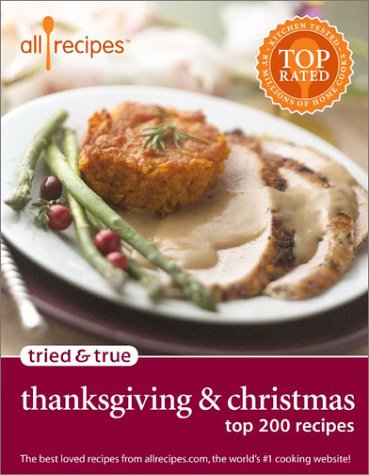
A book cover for Thanksgiving & Christmas: Top 200 Recipes (Allrecipes Tried & True); Allrecipes.Com; Cookbooks, Food & Wine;